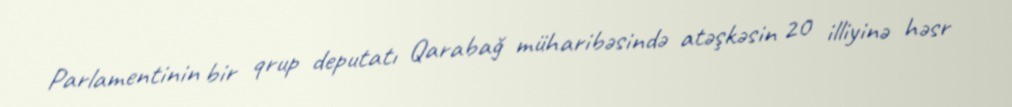
Parlamentinin bir qrup deputatı Qarabağ müharibəsində atəşkəsin 20 illiyinə həsr